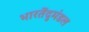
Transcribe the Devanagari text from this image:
भारतेंदुमंडल